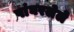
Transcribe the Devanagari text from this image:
पांघरलेले